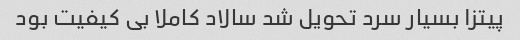
پیتزا بسیار سرد تحویل شد سالاد کاملا بی کیفیت بود